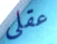
عقلي